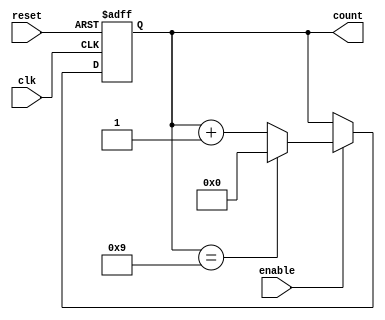
module bcd_counter (
    input wire clk,         // Clock input
    input wire reset,       // Asynchronous reset input
    input wire enable,      // Enable input
    output reg [3:0] count  // 4-bit output for the counter
);

    // Always block triggered on the rising edge of the clock
    always @(posedge clk or posedge reset) begin
        // Asynchronous reset
        if (reset) begin
            count <= 4'b0000;  // Reset the count to 0
        end else if (enable) begin
            // Increment the counter if enable is high
            if (count == 4'b1001) begin
                count <= 4'b0000;  // Reset to 0 if count reaches 9
            end else begin
                count <= count + 1; // Increment counter
            end
        end
    end

endmodule